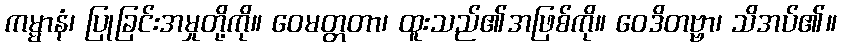
ကမ္မာနံ၊ ပြုခြင်းအမှုတို့ကို။ ဝေမတ္တတာ၊ ထူးသည်၏အဖြစ်ကို။ ဝေဒိတဗ္ဗာ၊ သိအပ်၏။